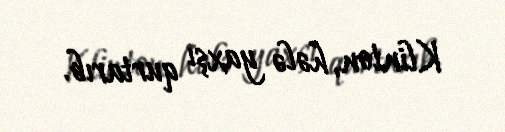
Klinton, hələ yaxşı qurtarıb.